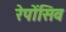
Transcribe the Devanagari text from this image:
रेपोंसिव